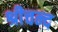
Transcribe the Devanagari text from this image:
श्रीचन्द